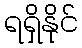
ရရှိနိုင်